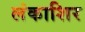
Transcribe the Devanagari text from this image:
लंकाशिर